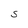
Character: S